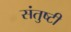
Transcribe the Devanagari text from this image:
संतुष्टी